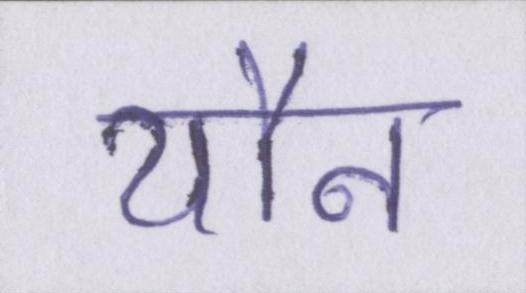
यौन